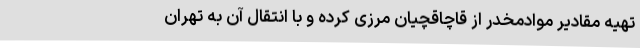
تهیه مقادیر موادمخدر از قاچاقچیان مرزی کرده و با انتقال آن به تهران